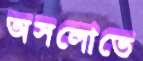
অসলোতে